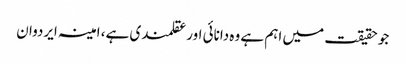
جو حقیقت میں اہم ہے وہ دانائی اور عقلمندی ہے، امینہ ایردوان